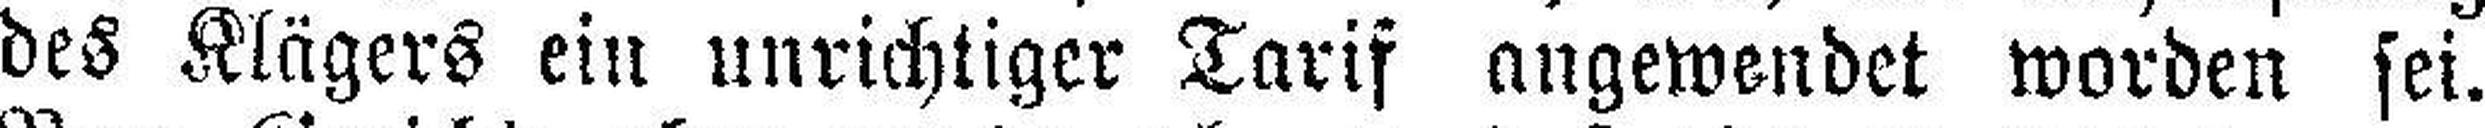
des Klägers ein unrichtiger Tarif angewendet worden sei.